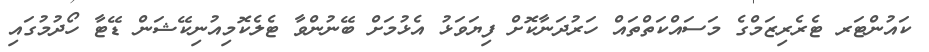
ކައުންޓަރ ޓެރެރިޒަމްގެ މަސައްކަތްތައް ހަރުދަނާކޮށް ފިޔަވަޅު އެޅުމަށް ބޭނުންވާ ޓެލެކޮމިއުނިކޭޝަން ޑޭޓާ ހޯދުމުގައި